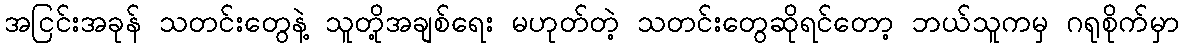
အငြင်းအခုန် သတင်းတွေနဲ့ သူတို့အချစ်ရေး မဟုတ်တဲ့ သတင်းတွေဆိုရင်တော့ ဘယ်သူကမှ ဂရုစိုက်မှာ